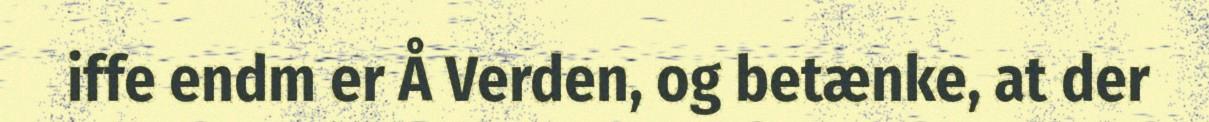
iffe endm er Å Verden, og betænke, at der